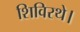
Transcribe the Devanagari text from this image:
शिविरथे।